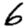
Digit: 6